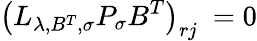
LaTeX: \left(L_{\lambda,B^{T},\sigma}P_{\sigma}B^{T}\right)_{rj}\ =0